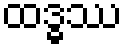
ထဒ္ဓဿ